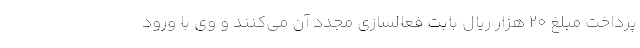
پرداخت مبلغ ۲۰ هزار ریال بابت فعالسازی مجدد آن می‌کنند و وی با ورود